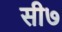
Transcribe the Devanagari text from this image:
सी७